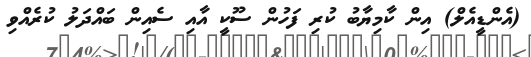
(އެންޑީއެލް) އިން ކާމިޔާބު ކުރި ފަހުން ސޫކީ އާއި ސެއިން ބައްދަލު ކުރެއްވި